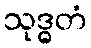
သုဒ္ဓတံ